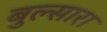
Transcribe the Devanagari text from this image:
बुल्सारा